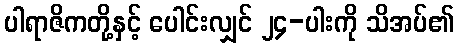
ပါရာဇိကတို့နှင့် ပေါင်းလျှင် ၂၄-ပါးကို သိအပ်၏